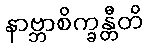
နာဗ္ဘာစိက္ခန္တီတိ